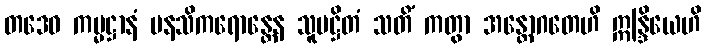
တဒေဝ ကမ္မဋ္ဌာနံ မနသိကရောန္တေန သူပဋ္ဌိတံ သတိံ ကတွာ အန္တောဂတေဟိ ဣန္ဒြိယေဟိ